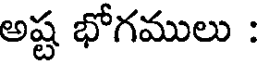
అష్ట భోగములు :